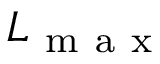
L _ { \mathrm { ~ m ~ a ~ x ~ } }